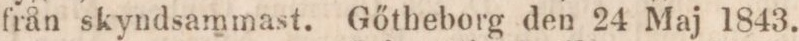
från skyndsammast. Gőtheborg den 24 Maj 1843.